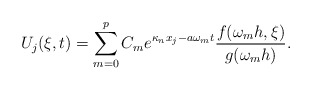
\begin{align*}U_j(\xi,t) = \sum_{m=0}^{p} C_{m} e^{\kappa_n x_j-a\omega_{m} t} \frac{f(\omega_{m} h,\xi)}{g(\omega_{m} h)}.\end{align*}